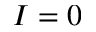
I = 0